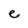
Character: e